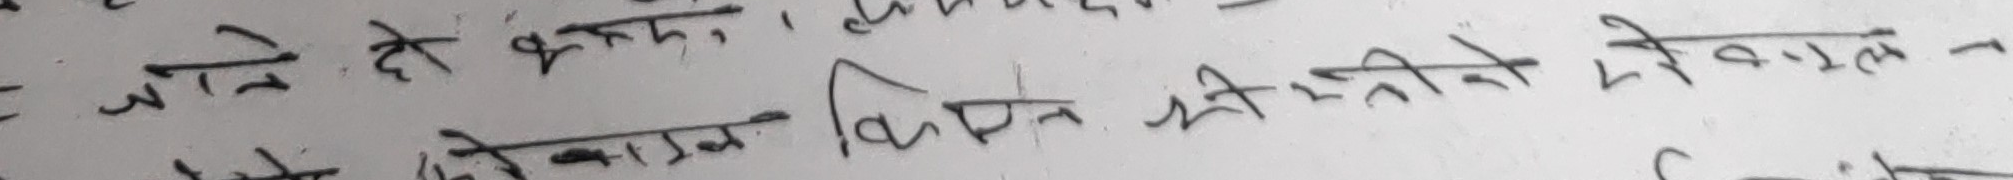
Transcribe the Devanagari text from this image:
आने दे भस्म, लेकिन श्री स्त्रियों ले० ७०-०-१